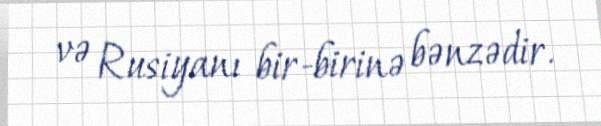
və Rusiyanı bir-birinə bənzədir.